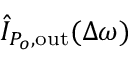
\hat { I } _ { P _ { o } , \mathrm { o u t } } ( \Delta \omega )